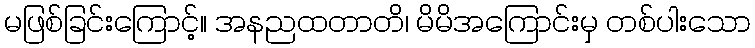
မဖြစ်ခြင်းကြောင့်။ အနညထတာတိ၊ မိမိအကြောင်းမှ တစ်ပါးသော